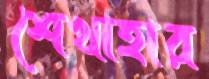
শেখাহার